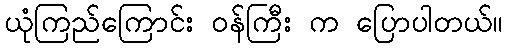
ယုံကြည်ကြောင်း ဝန်ကြီး က ပြောပါတယ်။